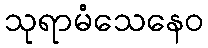
သုရာမံသေနေဝ